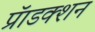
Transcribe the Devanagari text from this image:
प्रॅाडक्शन